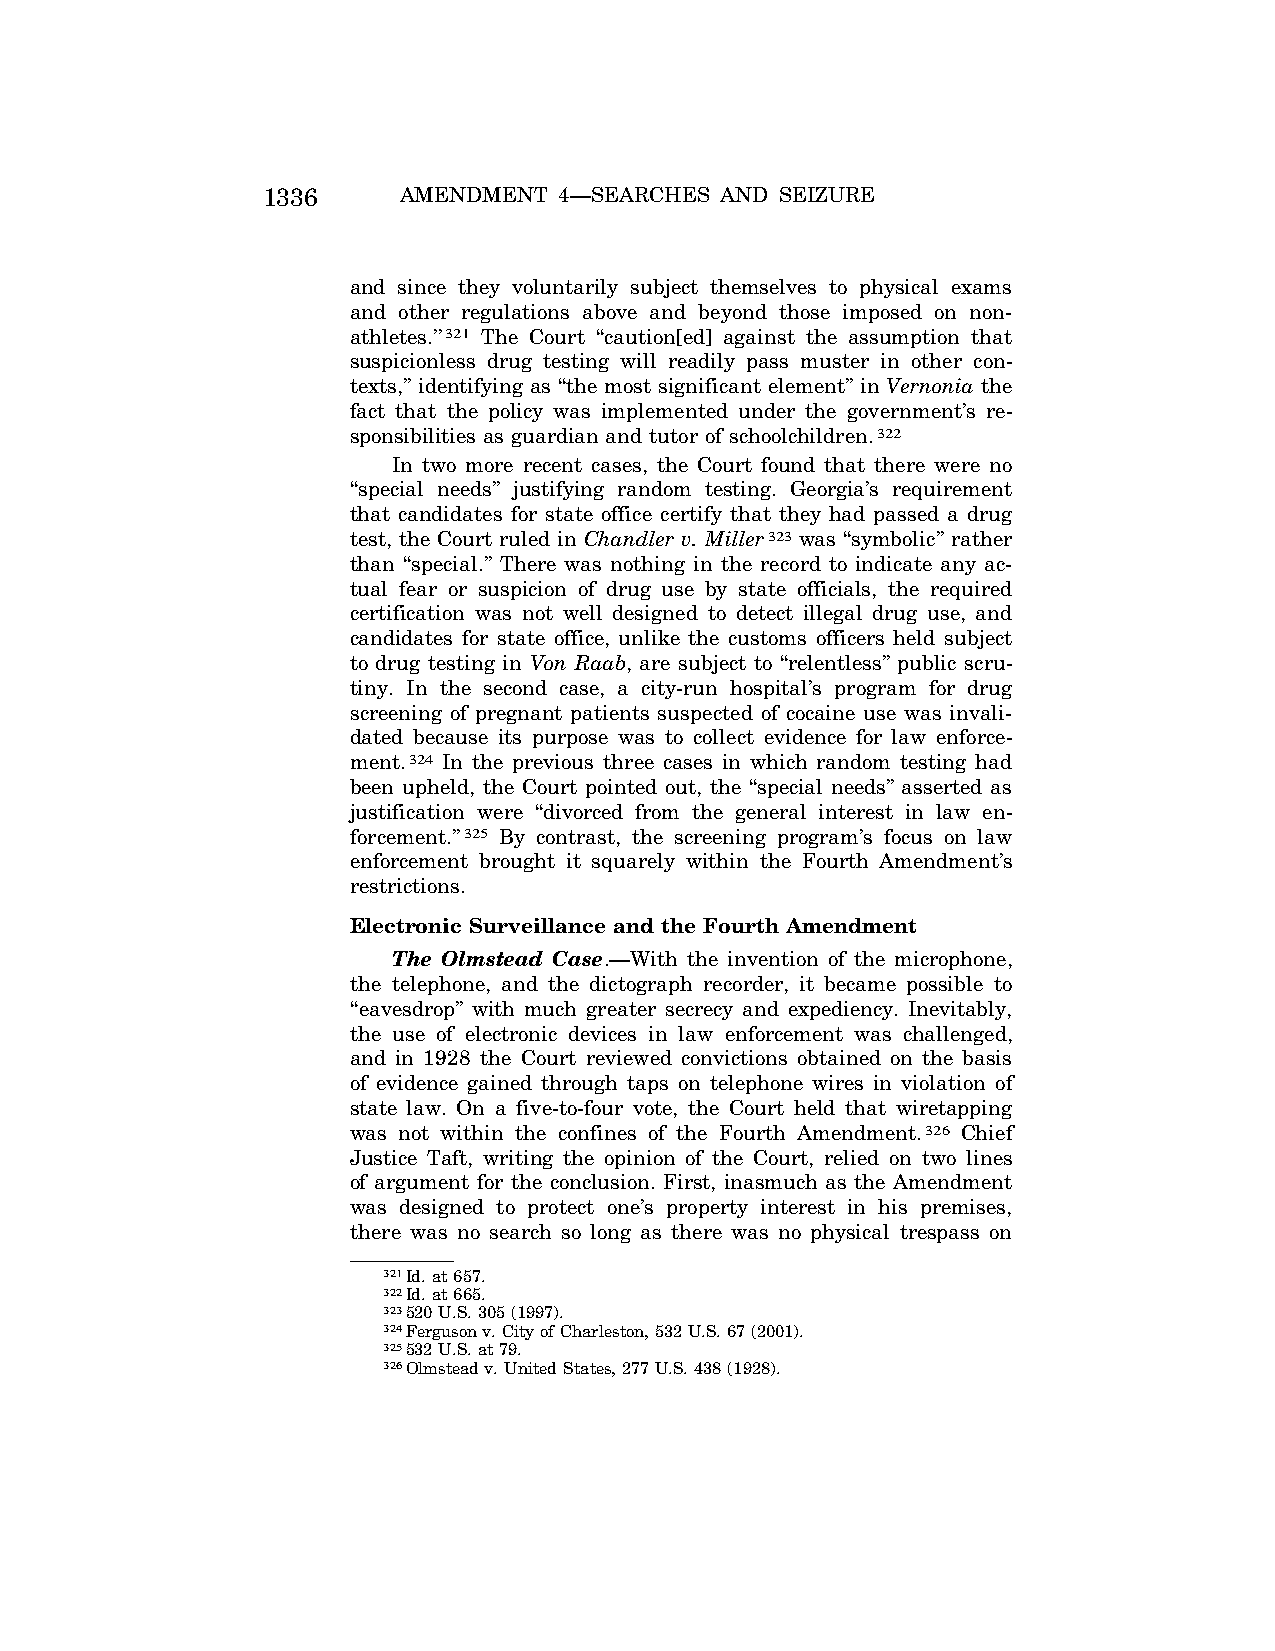
1336     AMENDMENT  4—SEARCHES AND SEIZURE
 and since they voluntarily subject themselves to physical exams
 and other regulations above and beyond those imposed on non-
 athletes.’’321 The Court ‘‘caution[ed] against the assumption that
 suspicionless drug testing will readily pass muster in other con-
 texts,’’ identifying as ‘‘the most significant element’’ in Vernonia the
 fact that the policy was implemented under the government’s re-
 sponsibilities as guardian and tutor of schoolchildren.322
 In two more recent cases, the Court found that there were no
 ‘‘special needs’’ justifying random testing. Georgia’s requirement
 that candidates for state office certify that they had passed a drug
 test, the Court ruled in Chandler v. Miller323 was ‘‘symbolic’’ rather
 than ‘‘special.’’ There was nothing in the record to indicate any ac-
 tual fear or suspicion of drug use by state officials, the required
 certification was not well designed to detect illegal drug use, and
 candidates for state office, unlike the customs officers held subject
 to drug testing in Von Raab, are subject to ‘‘relentless’’ public scru-
 tiny. In the second case, a city-run hospital’s program for drug
 screening of pregnant patients suspected of cocaine use was invali-
 dated because its purpose was to collect evidence for law enforce-
 ment.324 In the previous three cases in which random testing had
 been upheld, the Court pointed out, the ‘‘special needs’’ asserted as
 justification were ‘‘divorced from the general interest in law en-
 forcement.’’325 By contrast, the screening program’s focus on law
 enforcement brought it squarely within the Fourth Amendment’s
 restrictions.
 Electronic Surveillance and the Fourth Amendment
 The Olmstead Case.—With the invention of the microphone,
 the telephone, and the dictograph recorder, it became possible to
 ‘‘eavesdrop’’ with much greater secrecy and expediency. Inevitably,
 the use of electronic devices in law enforcement was challenged,
 and in 1928 the Court reviewed convictions obtained on the basis
 of evidence gained through taps on telephone wires in violation of
 state law. On a five-to-four vote, the Court held that wiretapping
 was not within the confines of the Fourth Amendment.326 Chief
 Justice Taft, writing the opinion of the Court, relied on two lines
 of argument for the conclusion. First, inasmuch as the Amendment
 was designed to protect one’s property interest in his premises,
 there was no search so long as there was no physical trespass on
 321Id. at 657.
 322Id. at 665.
 323520 U.S. 305 (1997).
 324Ferguson v. City of Charleston, 532 U.S. 67 (2001).
 325532 U.S. at 79.
 326Olmstead v. United States, 277 U.S. 438 (1928).
 VerDate Apr<15>2004 09:55 Jun 25, 2004 Jkt 077500 PO 00000 Frm 00056 Fmt 8222 Sfmt 8222 C:\CONAN\CON028.SGM PRFM99 PsN: CON028